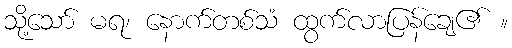
သို့သော် မရ၊ နောက်တစ်သံ ထွက်လာပြန်ချေ၏ ။